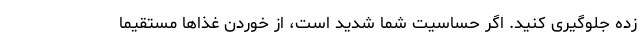
زده جلوگیری کنید. اگر حساسیت شما شدید است، از خوردن غذاها مستقیما